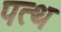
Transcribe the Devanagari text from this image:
पत्थ